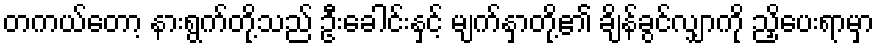
တကယ်တော့ နားရွက်တို့သည် ဦးခေါင်းနှင့် မျက်နှာတို့၏ ချိန်ခွင်လျှာကို ညှိပေးရာမှာ